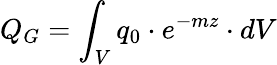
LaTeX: Q_{G}=\int_{V}q_{0}\cdot e^{-mz}\cdot dV